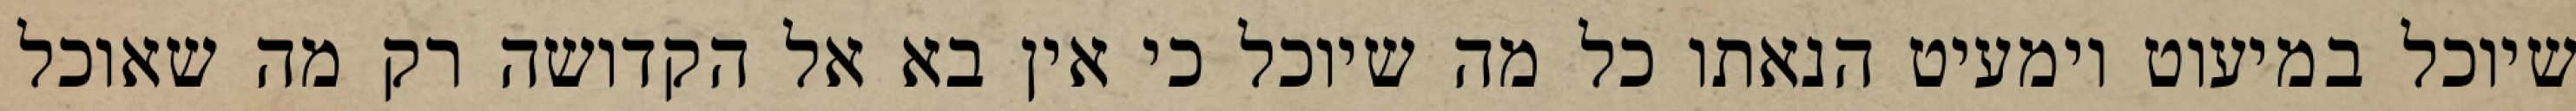
שיוכל במיעוט וימעיט הנאתו כל מה שיוכל כי אין בא אל הקדושה רק מה שאוכל